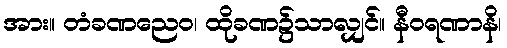
အား။ တံခဏညေဝ၊ ထိုခဏ၌သာလျှင်။ နီဝရဏာနိ၊